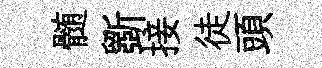
髄斵接徒頭